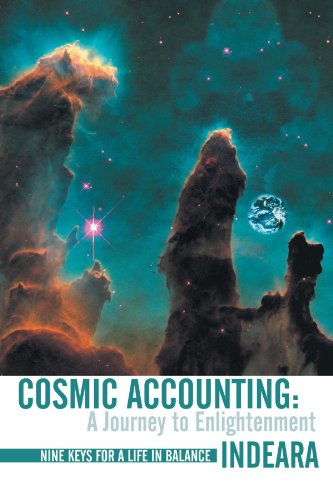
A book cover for Cosmic Accounting: A Journey to Enlightenment: Nine Keys for a Life in Balance; Indeara Hanoomansingh; Business & Money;